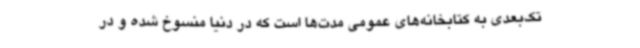
تک‌بعدی به کتابخانه‌های عمومی مدت‌ها است که در دنیا منسوخ شده و در